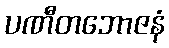
ပဏီတဘောဇနံ